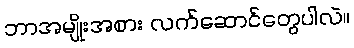
ဘာအမျိုးအစား လက်ဆောင်တွေပါလဲ။